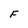
Character: F